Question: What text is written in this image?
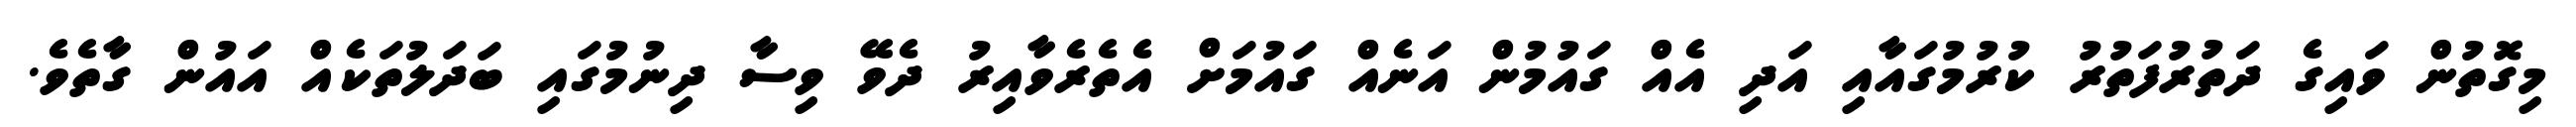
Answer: މިގޮތުން ވައިގެ ދަތުރުފަތުރު ކުރުމުގައާއި އަދި އެއް ގައުމުން އަނެއް ގައުމަށް އެތެރެވާއިރު ދެވޭ ވިސާ ދިނުމުގައި ބަދަލުތަކެއް އައުން ގާތެވެ.